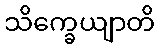
သိက္ခေယျာတိ